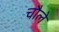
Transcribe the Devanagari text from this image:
चौले